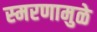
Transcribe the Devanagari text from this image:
स्‍मरणामुळे